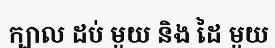
ក្បាល ដប់ មួយ និង ដៃ មួយ